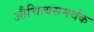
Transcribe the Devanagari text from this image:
औचित्यसमर्थक